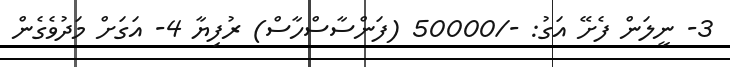
3- ނީލަން ފެށޭ އަގު: -/50000 (ފަންސާސްހާސް) ރުފިޔާ 4- އަގަށް މަދުވެގެން